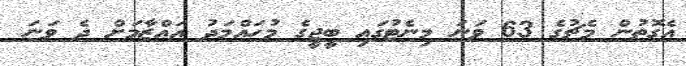
އެގޮތުން މެޗުގެ 63 ވަނަ މިނެޓުގައި ބީޖީގެ މުހައްމަދު އައްޒާމަށް ދެ ވަނަ